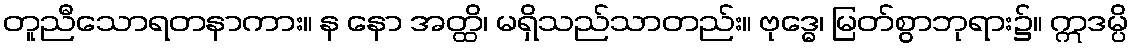
တူညီသောရတနာကား။ န နော အတ္ထိ၊ မရှိသည်သာတည်း။ ဗုဒ္ဓေ၊ မြတ်စွာဘုရား၌။ ဣဒမ္ပိ